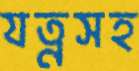
যত্নসহ